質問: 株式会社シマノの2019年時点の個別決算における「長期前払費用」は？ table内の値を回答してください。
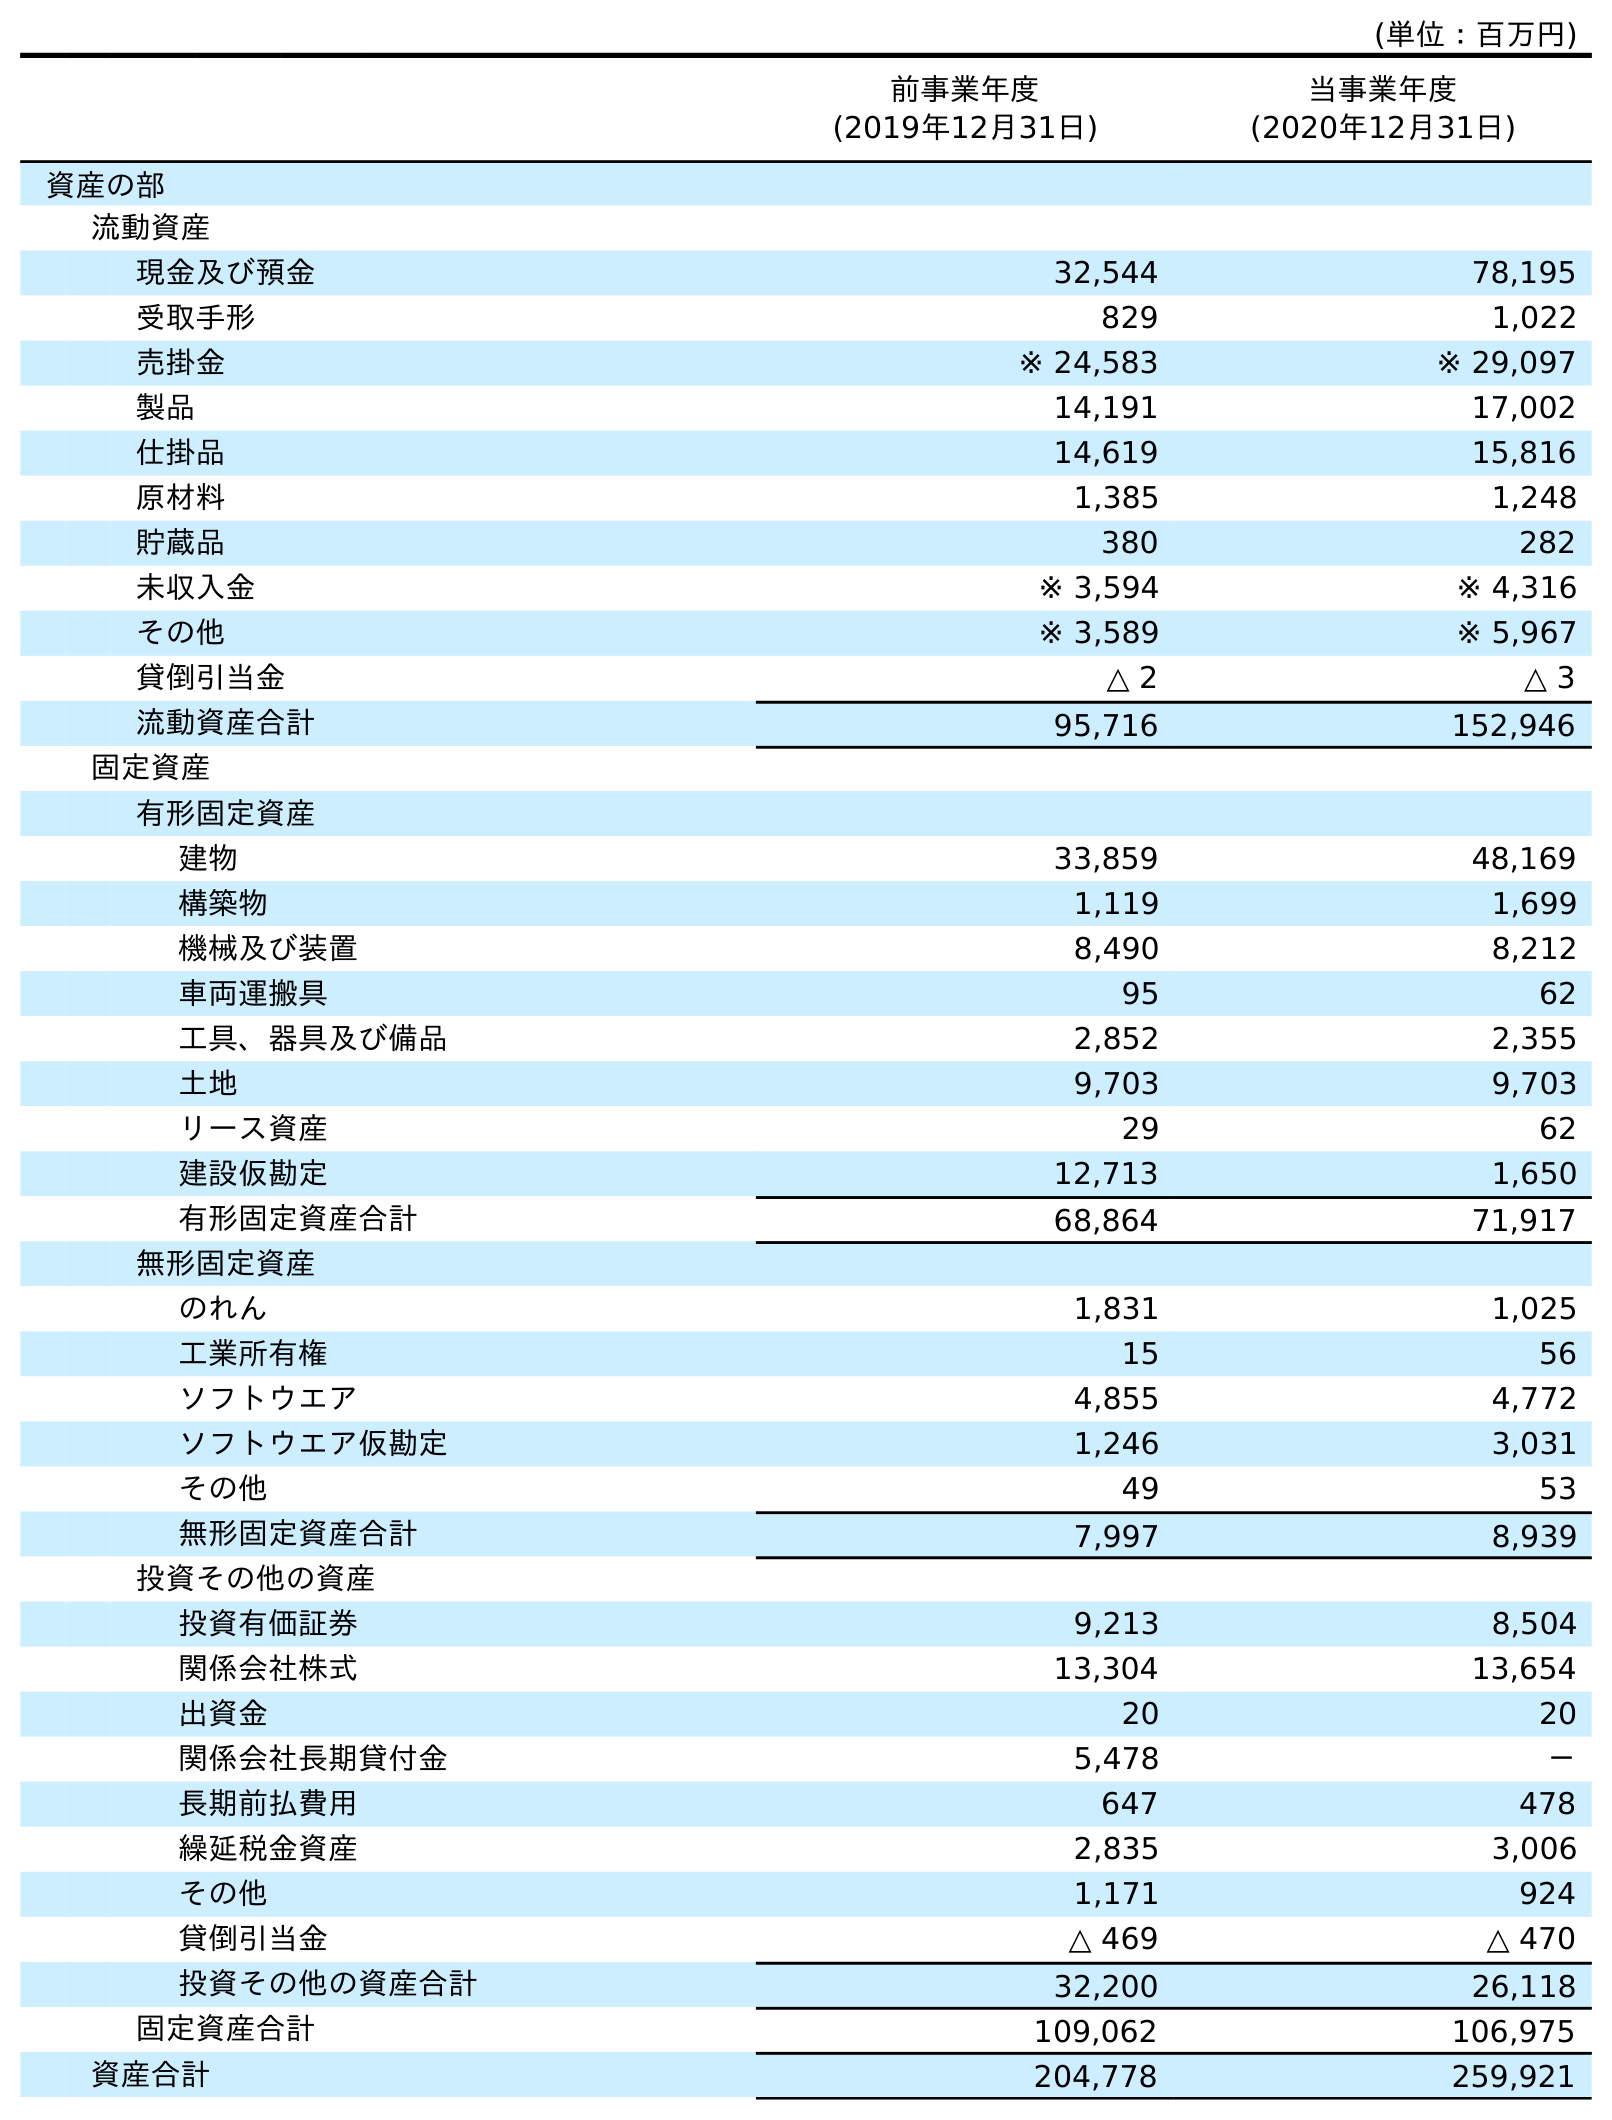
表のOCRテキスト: (単位：百万円) 前事業年度 (2019年12月31日) 当事業年度 (2020年12月31日) 資産の部 流動資産 現金及び預金 32,544 78,195 受取手形 829 1,022 売掛金 ※ 24,583 ※ 29,097 製品 14,191 17,002 仕掛品 14,619 15,816 原材料 1,385 1,248 貯蔵品 380 282 未収入金 ※ 3,594 ※ 4,316 その他 ※ 3,589 ※ 5,967 貸倒引当金 △ 2 △ 3 流動資産合計 95,716 152,946 固定資産 有形固定資産 建物 33,859 48,169 構築物 1,119 1,699 機械及び装置 8,490 8,212 車両運搬具 95 62 工具、器具及び備品 2,852 2,355 土地 9,703 9,703 リース資産 29 62 建設仮勘定 12,713 1,650 有形固定資産合計 68,864 71,917 無形固定資産 のれん 1,831 1,025 工業所有権 15 56 ソフトウエア 4,855 4,772 ソフトウエア仮勘定 1,246 3,031 その他 49 53 無形固定資産合計 7,997 8,939 投資その他の資産 投資有価証券 9,213 8,504 関係会社株式 13,304 13,654 出資金 20 20 関係会社長期貸付金 5,478 － 長期前払費用 647 478 繰延税金資産 2,835 3,006 その他 1,171 924 貸倒引当金 △ 469 △ 470 投資その他の資産合計 32,200 26,118 固定資産合計 109,062 106,975 資産合計 204,778 259,921
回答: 647